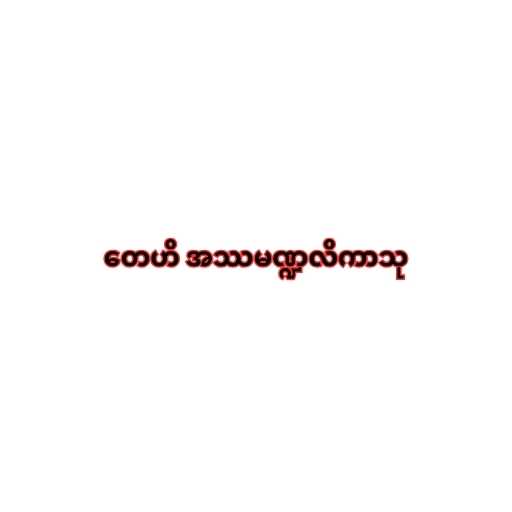
တေဟိ အဿမဏ္ဍလိကာသု